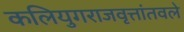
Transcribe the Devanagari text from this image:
कलियुगराजवृत्तांतवले